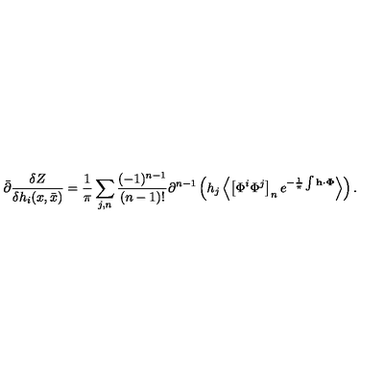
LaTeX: \bar { \partial } \frac { \delta Z } { \delta h _ { i } ( x , \bar { x } ) } = \frac { 1 } { \pi } \sum _ { j , n } ^ { } \frac { ( - 1 ) ^ { n - 1 } } { ( n - 1 ) ! } \partial ^ { n - 1 } \left( h _ { j } \left< \left[ \Phi ^ { i } \Phi ^ { j } \right] _ { n } e ^ { - \frac { 1 } { \pi } \int { \bf h \cdot \Phi } } \right> \right) .